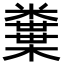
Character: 𥽒